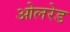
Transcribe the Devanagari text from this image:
ओलरेड